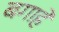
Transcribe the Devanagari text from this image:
बगाहे